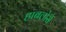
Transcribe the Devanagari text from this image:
हाबलोसे